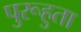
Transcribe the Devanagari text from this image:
पुरूहुता